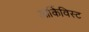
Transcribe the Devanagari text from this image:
आर्किविस्ट